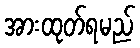
အားထုတ်ရမည်